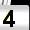
Digit: 4